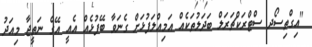
"އިގްތިސޯދ ސްޓްރަކްޗަރަލް ބަދަލުތަކެއް އަމިއްލަފުޅަށް ގެނަވާ ބޭފުޅެއް އެއީ އޭގެ ނަތީޖާ މިއަދު